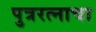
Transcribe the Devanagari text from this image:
पुत्ररत्नाचा